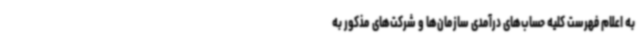
به اعلام فهرست کلیه حساب‌های درآمدی سازمان‌ها و شرکت‌های مذکور به